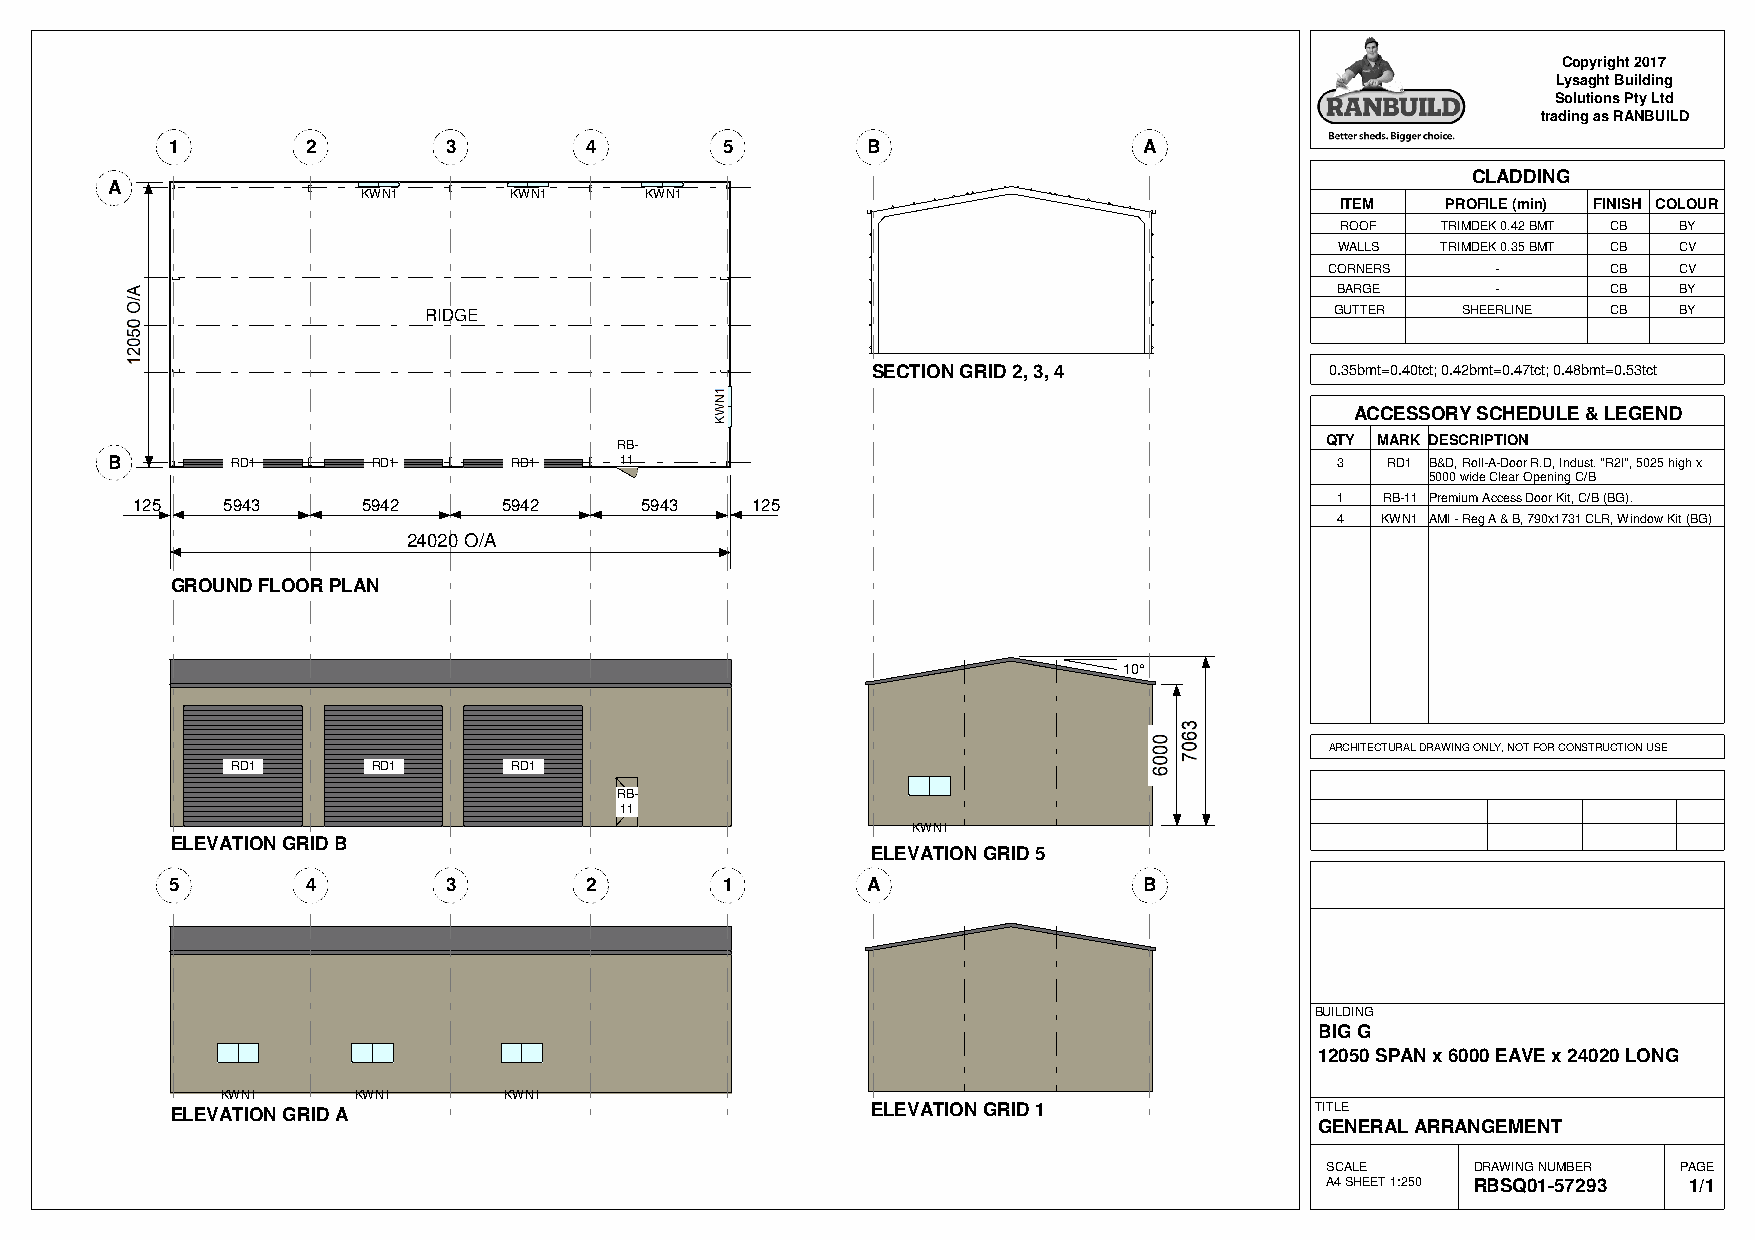
Copyright 2017
 Lysaght Building
 Solutions Pty Ltd
 trading as RANBUILD
 1        2        3         4        5        B                  A
 CLADDING
 A
 KWN1      KWN1     KWN1
 ITEM   PROFILE (min) FINISH COLOUR
 ROOF  TRIMDEK 0.42 BMT CB BY
 WALLS TRIMDEK 0.35 BMT CB CV
 CORNERS    -       CB  CV
 BARGE      -       CB  BY
 RIDGE                                                       GUTTER   SHEERLINE CB  BY
 SECTION GRID 2, 3, 4          0.35bmt=0.40tct; 0.42bmt=0.47tct; 0.48bmt=0.53tct
 ACCESSORY SCHEDULE & LEGEND
 RB-                                            QTY MARK DESCRIPTION
 B       RD1       RD1      RD1    11                                             3   RD1 B&D, Roll-A-Door R.D, Indust. "R2I", 5025 high x
 5000 wide Clear Opening C/B
 125   5943     5942     5942     5943    125                                   1  RB-11 Premium Access Door Kit, C/B (BG).
 4  KWN1 AMI - Reg A & B, 790x1731 CLR, Window Kit (BG)
 24020 O/A
 GROUND FLOOR PLAN
 10°
 ARCHITECTURAL DRAWING ONLY, NOT FOR CONSTRUCTION USE
 RD1       RD1      RD1
 RB-
 11
 KWN1
 ELEVATION GRID B
 ELEVATION GRID 5
 5        4        3         2        1        A                  B
 BUILDING
 BIG G
 12050 SPAN x 6000 EAVE x 24020 LONG
 KWN1    KWN1      KWN1
 ELEVATION GRID A                               ELEVATION GRID 1             TITLE
 GENERAL ARRANGEMENT
 SCALE     DRAWING NUMBER PAGE
 A4 SHEET 1:250 RBSQ01-57293 1/1